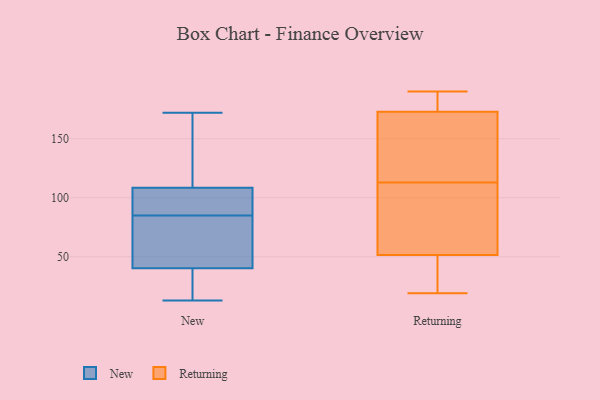
{"axis": {"x": "Headcount", "y": "Value"}, "legend": ["New", "Returning"], "data": [{"x": "", "y": 95, "type": "New"}, {"x": "", "y": 106, "type": "New"}, {"x": "", "y": 58, "type": "New"}, {"x": "", "y": 138, "type": "New"}, {"x": "", "y": 113, "type": "New"}, {"x": "", "y": 172, "type": "New"}, {"x": "", "y": 13, "type": "New"}, {"x": "", "y": 44, "type": "New"}, {"x": "", "y": 85, "type": "New"}, {"x": "", "y": 107, "type": "New"}, {"x": "", "y": 29, "type": "New"}, {"x": "", "y": 23, "type": "New"}, {"x": "", "y": 53, "type": "New"}, {"x": "", "y": 26, "type": "Returning"}, {"x": "", "y": 173, "type": "Returning"}, {"x": "", "y": 139, "type": "Returning"}, {"x": "", "y": 74, "type": "Returning"}, {"x": "", "y": 21, "type": "Returning"}, {"x": "", "y": 143, "type": "Returning"}, {"x": "", "y": 144, "type": "Returning"}, {"x": "", "y": 33, "type": "Returning"}, {"x": "", "y": 181, "type": "Returning"}, {"x": "", "y": 19, "type": "Returning"}, {"x": "", "y": 59, "type": "Returning"}, {"x": "", "y": 113, "type": "Returning"}, {"x": "", "y": 190, "type": "Returning"}, {"x": "", "y": 85, "type": "Returning"}, {"x": "", "y": 49, "type": "Returning"}, {"x": "", "y": 190, "type": "Returning"}, {"x": "", "y": 179, "type": "Returning"}, {"x": "", "y": 173, "type": "Returning"}, {"x": "", "y": 96, "type": "Returning"}]}